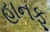
હાનફૂ